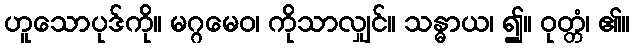
ဟူသောပုဒ်ကို။ မဂ္ဂမေဝ၊ ကိုသာလျှင်။ သန္ဓာယ၊ ၍။ ဝုတ္တံ၊ ၏။